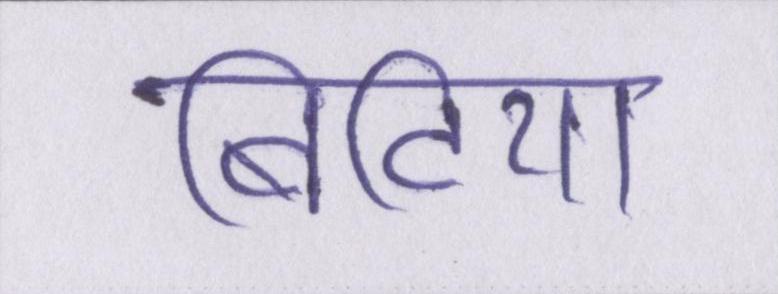
बिटिया